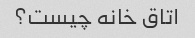
اتاق خانه چیست؟